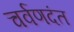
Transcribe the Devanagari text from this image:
चर्वणदंत